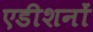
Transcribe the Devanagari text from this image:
एडीशनों